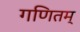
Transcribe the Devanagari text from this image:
गणितम्